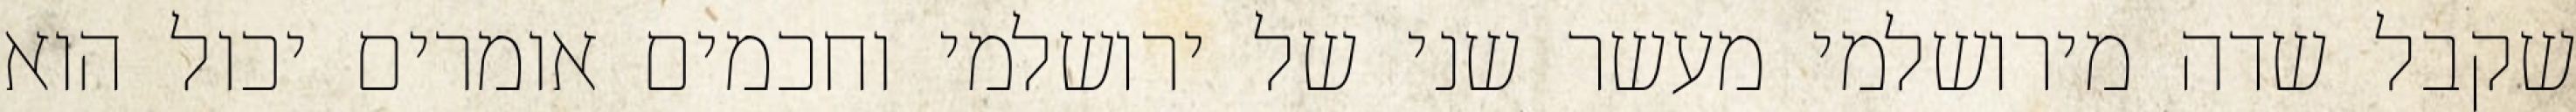
שקבל שדה מירושלמי מעשר שני של ירושלמי וחכמים אומרים יכול הוא